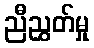
ညီညွှတ်မှု